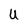
Character: U